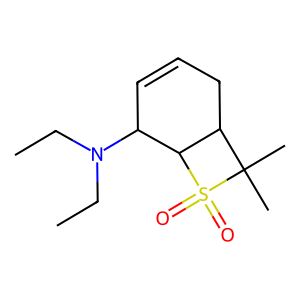
SMILES: CCN(CC)C1C=CCC2C1S(=O)(=O)C2(C)C
Inhibits HIV replication: No